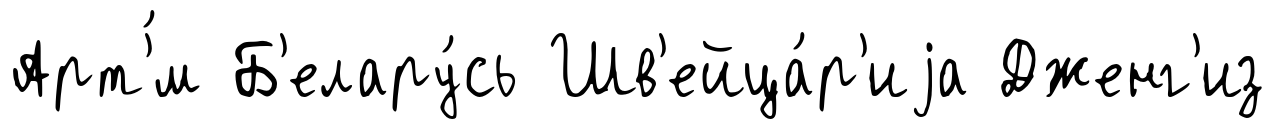
Арт'́м Б'елару́сь Шв'ейца́р'иjа Дженг'из